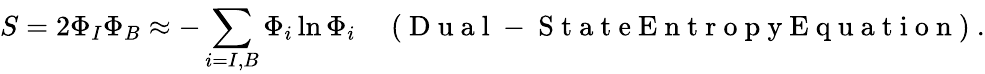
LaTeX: S=2\Phi_{I}\Phi_{B}\approx-\sum_{i=I,B}^{}{\Phi_{i}\ln\Phi_{i}}\enspace\enspace\mathrm{~(~D~u~a~l~-~S~t~a~t~e~E~n~t~r~o~p~y~E~q~u~a~t~i~o~n~)~}.